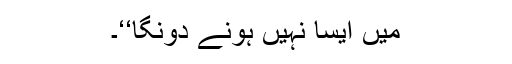
میں ایسا نہیں ہونے دونگا‘‘۔